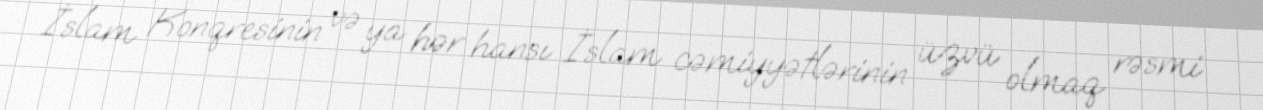
İslam Konqresinin və ya hər hansı İslam cəmiyyətlərinin üzvü olmaq rəsmi